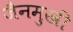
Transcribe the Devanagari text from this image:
जैनमुखी